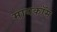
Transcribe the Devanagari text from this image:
मायकॉम